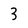
Character: 3